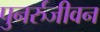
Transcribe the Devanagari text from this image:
पुनर्रुजीवन